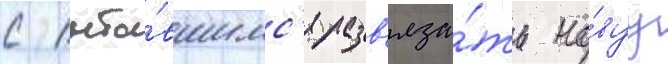
с пыта́вшимс'я разв'яза́ть но́вуу